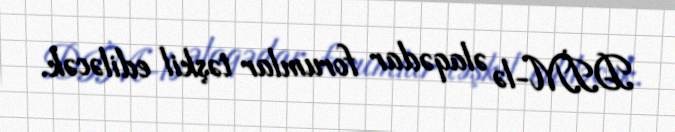
DİM-lə əlaqədar forumlar təşkil ediləcək.